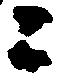
ニ